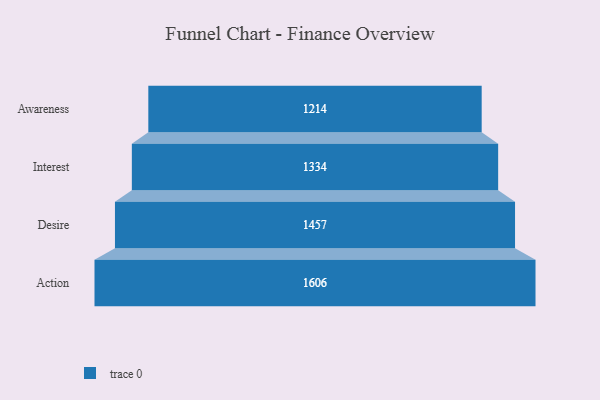
{"axis": {"x": "Stage", "y": "Value"}, "legend": [""], "data": [{"x": "Awareness", "y": 1214.0, "type": ""}, {"x": "Interest", "y": 1334.0, "type": ""}, {"x": "Desire", "y": 1457.0, "type": ""}, {"x": "Action", "y": 1606.0, "type": ""}]}